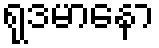
ရုဒမာနော